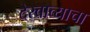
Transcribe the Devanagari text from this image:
देखाव्याचा